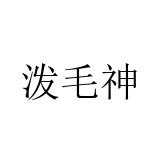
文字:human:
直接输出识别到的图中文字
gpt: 泼毛神